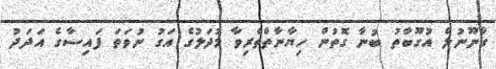
ގާނޫނުލް އުގޫބާތު ބުނާ ގޮތުން ހިޔާނާތްތެރިވާ މުދަލުގެ އަގު ނުވަތަ ފައިސާގެ އަދަދު